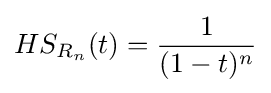
HS_{R_{n}}(t)={\frac {1}{(1-t)^{n}}}